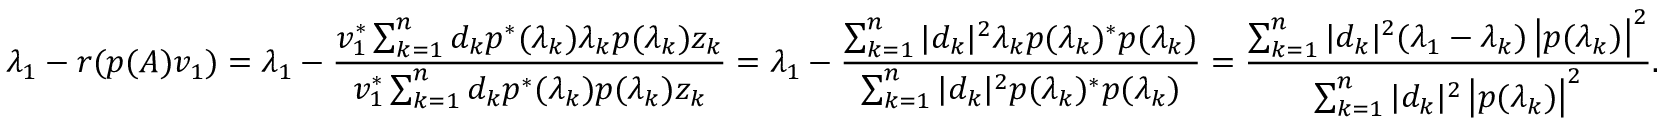
\lambda _ { 1 } - r ( p ( A ) v _ { 1 } ) = \lambda _ { 1 } - { \frac { v _ { 1 } ^ { * } \sum _ { k = 1 } ^ { n } d _ { k } p ^ { * } ( \lambda _ { k } ) \lambda _ { k } p ( \lambda _ { k } ) z _ { k } } { v _ { 1 } ^ { * } \sum _ { k = 1 } ^ { n } d _ { k } p ^ { * } ( \lambda _ { k } ) p ( \lambda _ { k } ) z _ { k } } } = \lambda _ { 1 } - { \frac { \sum _ { k = 1 } ^ { n } | d _ { k } | ^ { 2 } \lambda _ { k } p ( \lambda _ { k } ) ^ { * } p ( \lambda _ { k } ) } { \sum _ { k = 1 } ^ { n } | d _ { k } | ^ { 2 } p ( \lambda _ { k } ) ^ { * } p ( \lambda _ { k } ) } } = { \frac { \sum _ { k = 1 } ^ { n } | d _ { k } | ^ { 2 } ( \lambda _ { 1 } - \lambda _ { k } ) \left| p ( \lambda _ { k } ) \right| ^ { 2 } } { \sum _ { k = 1 } ^ { n } | d _ { k } | ^ { 2 } \left| p ( \lambda _ { k } ) \right| ^ { 2 } } } .